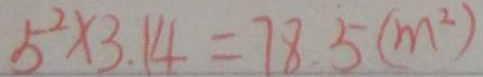
5 ^ { 2 } \times 3 . 1 4 = 7 8 . 5 ( m ^ { 2 } )